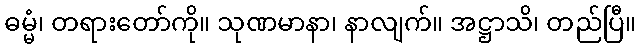
ဓမ္မံ၊ တရားတော်ကို။ သုဏမာနာ၊ နာလျက်။ အဋ္ဌာသိ၊ တည်ပြီ။